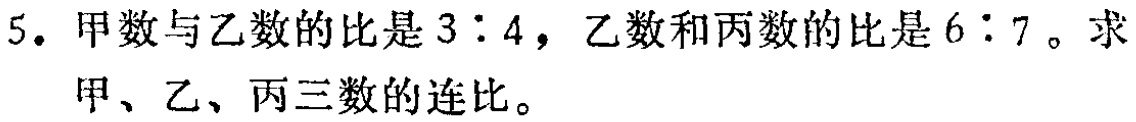
5. 甲数与乙数的比是\(3:4\)，乙数和丙数的比是\(6:7\)。求甲、乙、丙三数的连比。